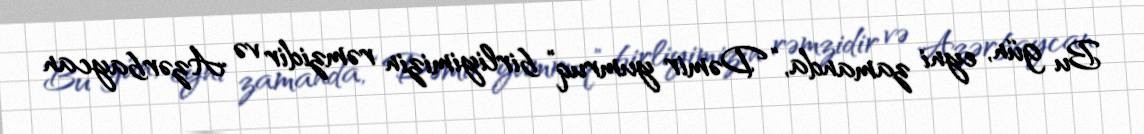
Bu gün, eyni zamanda, “Dəmir yumruq” birliyimizin rəmzidir və Azərbaycan